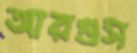
আরগুস